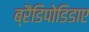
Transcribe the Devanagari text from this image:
ब्रैडिपोडिडाए